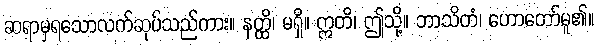
ဆရာမှရသောလက်ဆုပ်သည်ကား။ နတ္ထိ၊ မရှိ။ ဣတိ၊ ဤသို့။ ဘာသိတံ၊ ဟောတော်မူ၏။